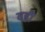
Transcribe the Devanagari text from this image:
वह्नी